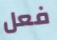
فعل